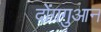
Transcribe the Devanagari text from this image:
दोंगगुआन